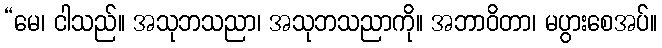
“မေ၊ ငါသည်။ အသုဘသညာ၊ အသုဘသညာကို။ အဘာဝိတာ၊ မပွားစေအပ်။